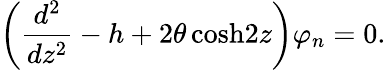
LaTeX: \left({\frac{d^{2}}{dz^{2}}}-h+2\theta\, \mathrm{cosh}2z\right)\varphi_{n}=0.